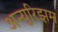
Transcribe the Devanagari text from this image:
अन्युरिझम